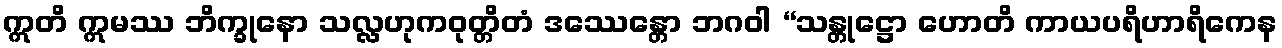
ဣတိ ဣမဿ ဘိက္ခုနော သလ္လဟုကဝုတ္တိတံ ဒဿေန္တော ဘဂဝါ “သန္တုဋ္ဌော ဟောတိ ကာယပရိဟာရိကေန